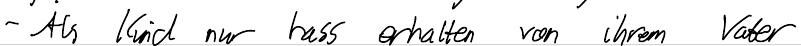
- Als Kind nur hass erhalten von ihrem Vater